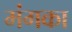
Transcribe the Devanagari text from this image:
मंगका